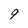
Character: 9